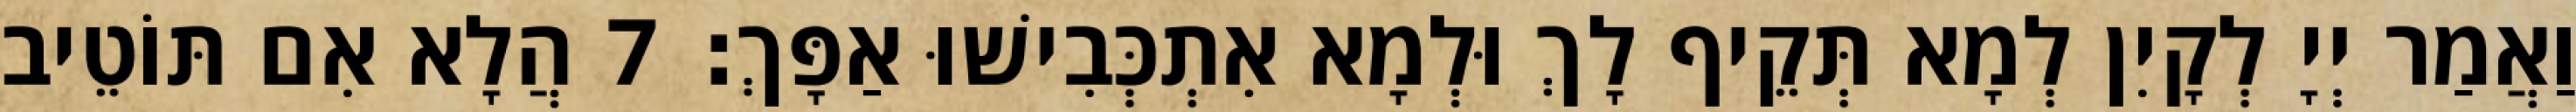
וַאֲמַר יְיָ לְקָיִן לְמָא תְּקֵיף לָךְ וּלְמָא אִתְכְּבִישׁוּ אַפָּךְ׃ 7 הֲלָא אִם תּוֹטֵיב